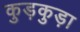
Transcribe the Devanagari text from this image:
कुड़कुड़ा